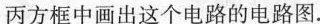
丙方框中画出这个电路的电路图。